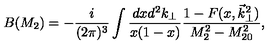
B ( M _ { 2 } ) = - \frac { i } { ( 2 \pi ) ^ { 3 } } \int \frac { d x d ^ { 2 } k _ { \perp } } { x ( 1 - x ) } \frac { 1 - F ( x , \vec { k } _ { \perp } ^ { 2 } ) } { M _ { 2 } ^ { 2 } - M _ { 2 0 } ^ { 2 } } ,